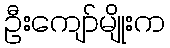
ဦးကျော်မျိုးက